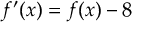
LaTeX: f ^ { \prime } ( x ) = f ( x ) - 8